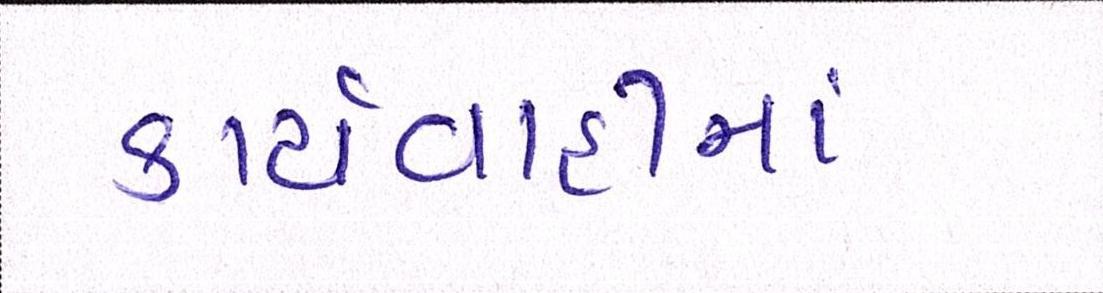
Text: કાર્યવાહીમાં